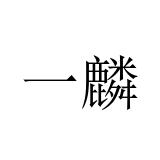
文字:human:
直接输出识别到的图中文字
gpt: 一麟